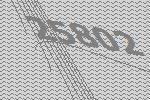
25802